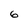
Character: 6